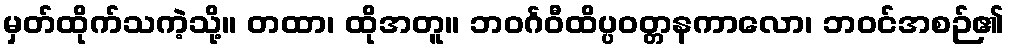
မှတ်ထိုက်သကဲ့သို့။ တထာ၊ ထိုအတူ။ ဘဝင်္ဂဝီထိပ္ပဝတ္တနကာလော၊ ဘဝင်အစဉ်၏